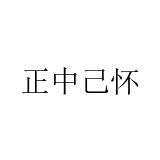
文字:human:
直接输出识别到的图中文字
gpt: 正中己怀